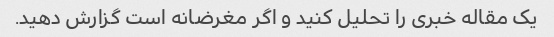
یک مقاله خبری را تحلیل کنید و اگر مغرضانه است گزارش دهید.